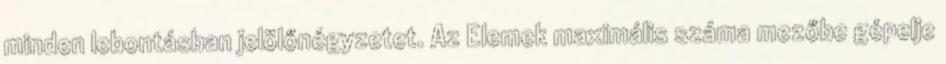
minden lebontásban jelölőnégyzetet. Az Elemek maximális száma mezőbe gépelje